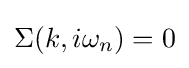
\Sigma (k,i\omega _{n})=0